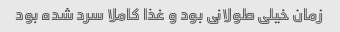
زمان خیلی طولانی بود و غذا کاملا سرد شده بود